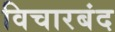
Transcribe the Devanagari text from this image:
विचारबंद